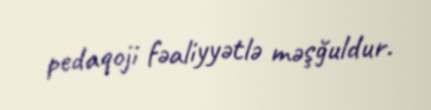
pedaqoji fəaliyyətlə məşğuldur.